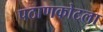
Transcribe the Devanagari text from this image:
पठाणकोटला